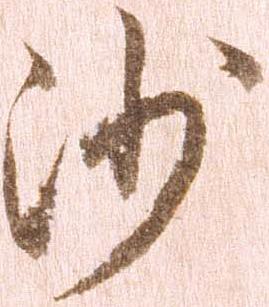
沙